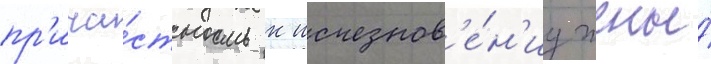
пр'ича́стность к исчезнов'е́н'иу жены́